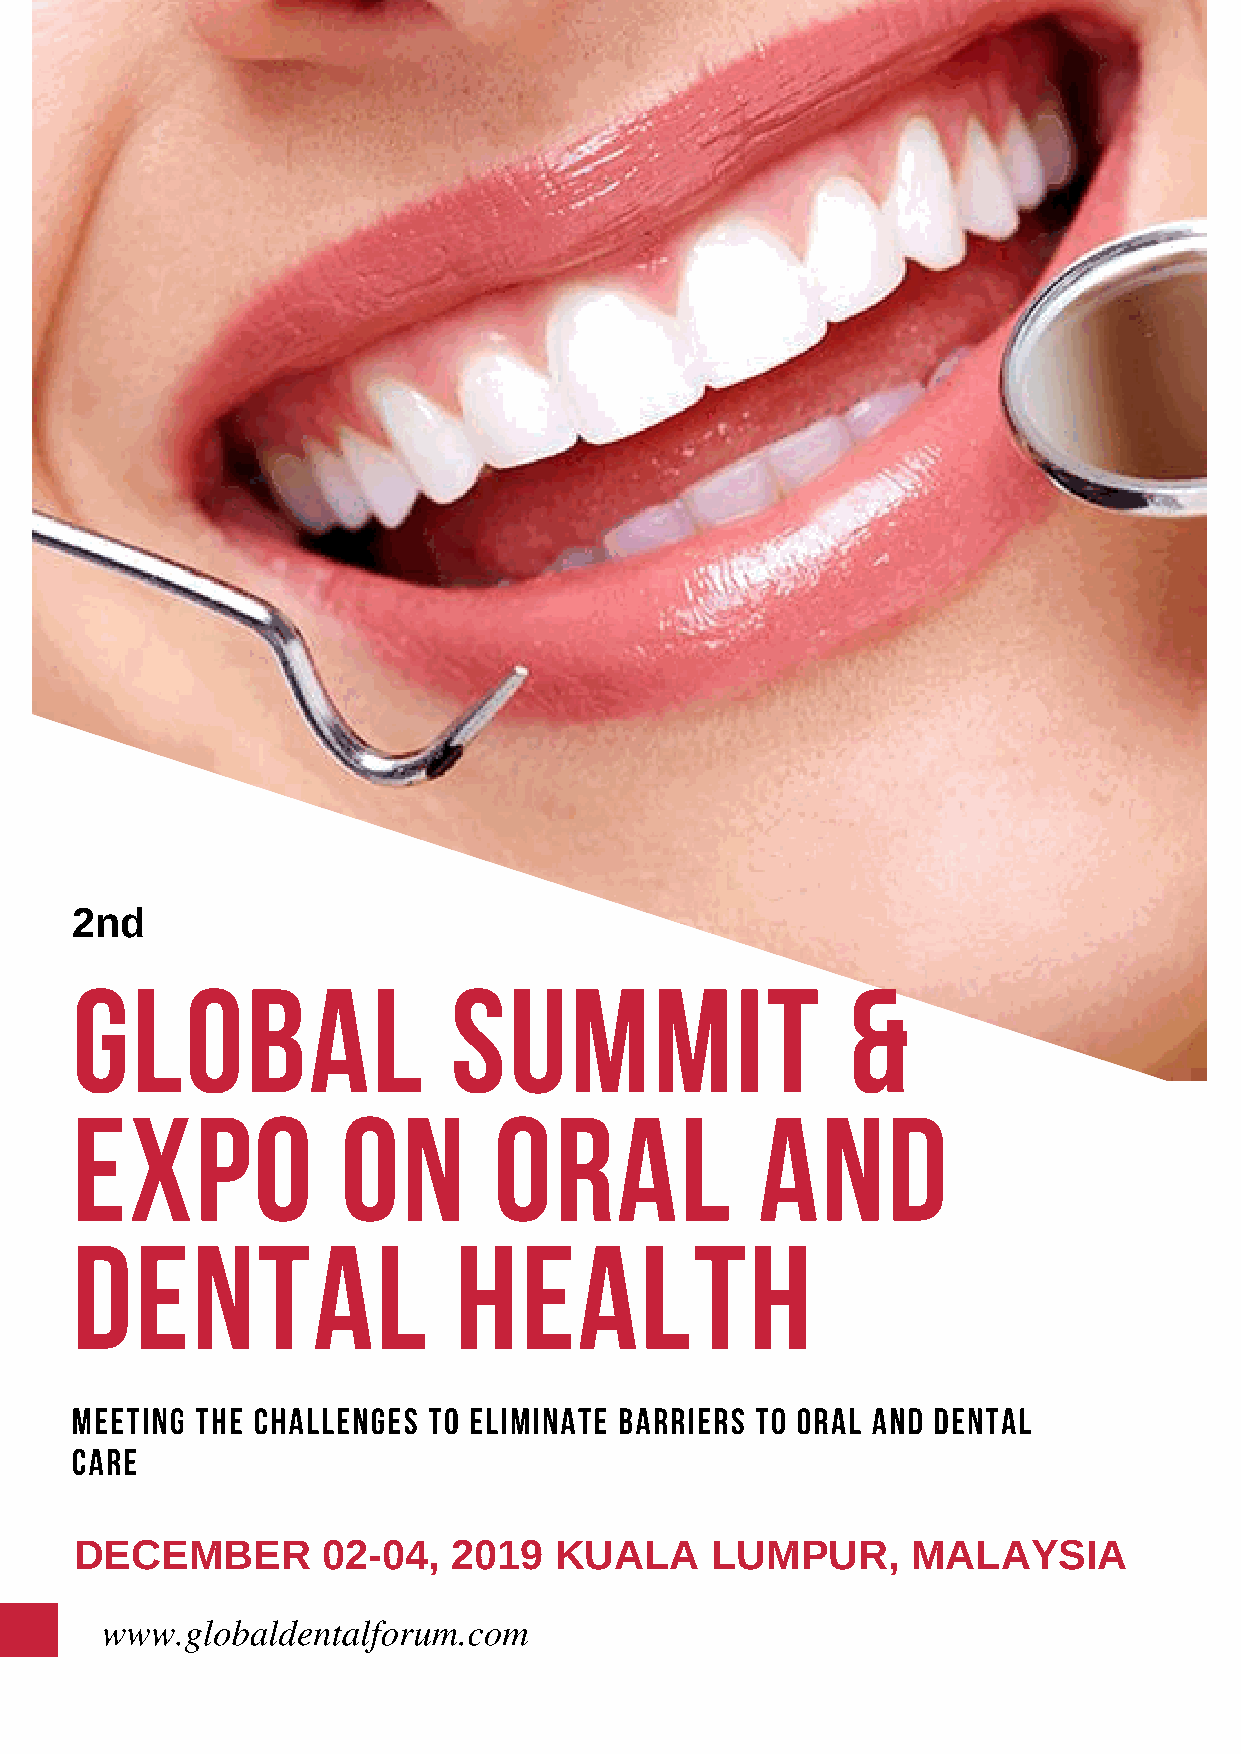
2nd
 Global                   Summit                    &
 Expo              on        Oral             and
 Dental                   Health
 Meeting the Challenges to eliminate barriers to Oral and Dental
 care
 DECEMBER        02-04,   2019   KUALA     LUMPUR,      MALAYSIA
 www.globaldentalforum.com